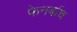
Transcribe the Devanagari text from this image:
फेनर्बाच